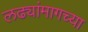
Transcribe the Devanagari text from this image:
लढ्यांमागच्या